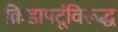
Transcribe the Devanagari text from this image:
क्रिडापटूंविरूद्ध